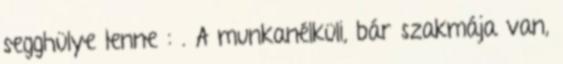
segghülye lenne : . A munkanélküli, bár szakmája van,